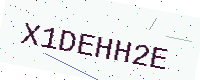
Text: X1DEHH2E